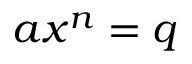
\ a x ^ { n } = q